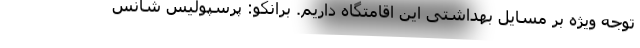
توجه ویژه بر مسایل بهداشتی این اقامتگاه داریم. برانکو: پرسپولیس شانس